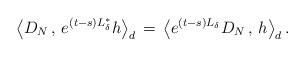
LaTeX: \begin{align*}\left\langle D_{ N}\, ,\, e^{ (t-s)L_{ \delta}^{ \ast}} h\right\rangle_{ d}\, =\, \left\langle e^{ (t-s) L_{ \delta}} D_{ N}\, ,\, h\right\rangle_{ d}.\end{align*}